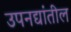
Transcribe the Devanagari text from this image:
उपनद्यांतील